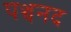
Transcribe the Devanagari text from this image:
पञ्चनद